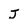
Character: J